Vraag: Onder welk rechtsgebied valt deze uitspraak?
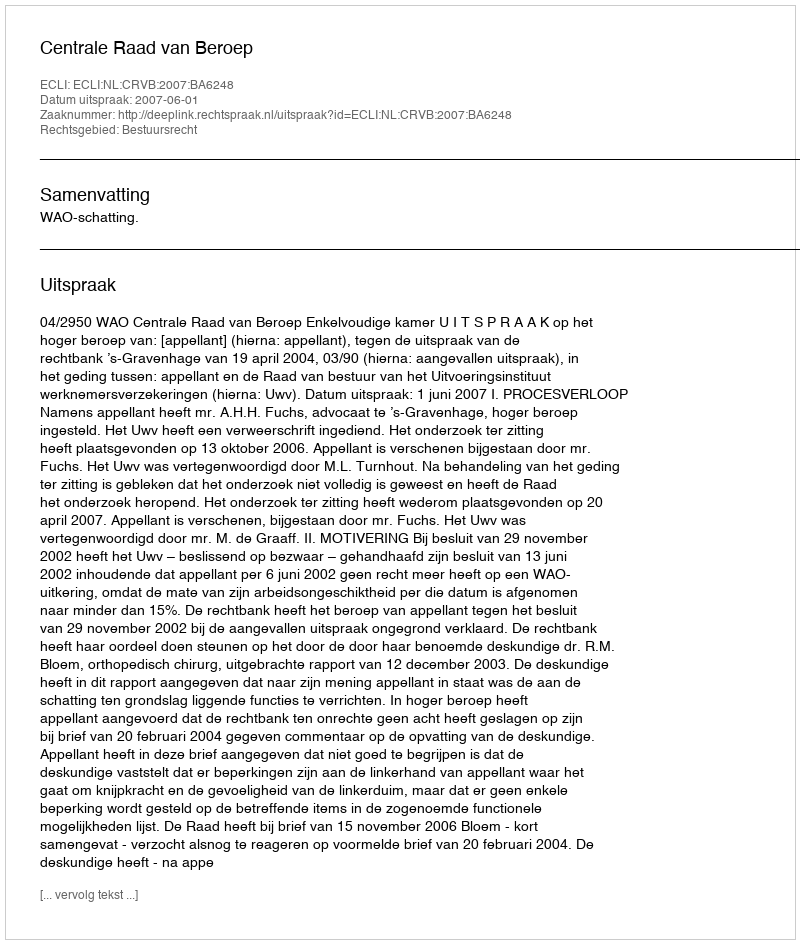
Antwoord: Bestuursrecht